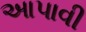
આપાવી